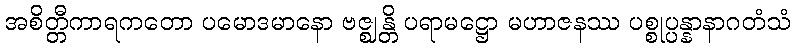
အစိတ္တီကာရကတော ပမောဒမာနော ဗဇ္ဈန္တိ ပရာမဋ္ဌော မဟာဇနဿ ပစ္စုပ္ပန္နာနာဂတံသံ